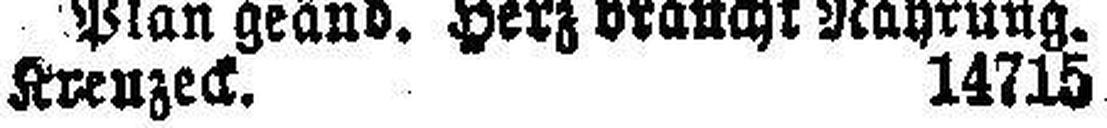
Kreuzeck. 14715